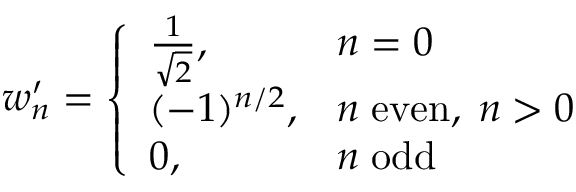
w _ { n } ^ { \prime } = \left\{ \begin{array} { l l } { { \frac { 1 } { \sqrt { 2 } } , } } & { { n = 0 } } \\ { { ( - 1 ) ^ { n / 2 } , } } & { { n \; \mathrm { e v e n } , \; n > 0 } } \\ { { 0 , } } & { { n \; \mathrm { o d d } } } \end{array} \right.